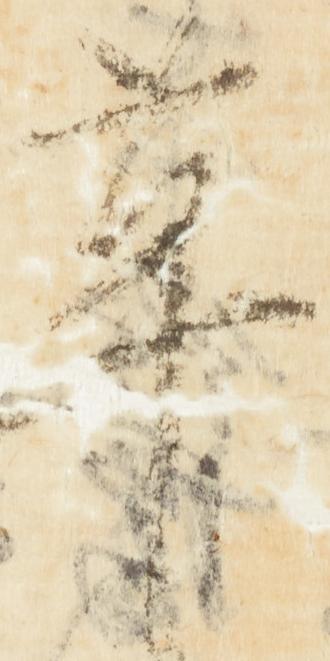
革